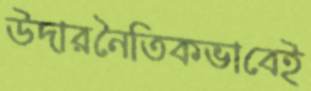
উদারনৈতিকভাবেই